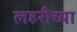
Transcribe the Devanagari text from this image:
लहरीच्या